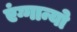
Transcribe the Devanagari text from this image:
एंग्गान्यो